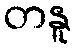
တနူ